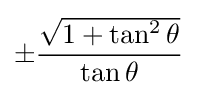
\pm {\frac {\sqrt {1+\tan ^{2}\theta }}{\tan \theta }}